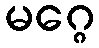
မဂ္ဂေ